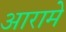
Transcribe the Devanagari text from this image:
आरामे